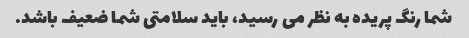
شما رنگ پریده به نظر می رسید، باید سلامتی شما ضعیف باشد.